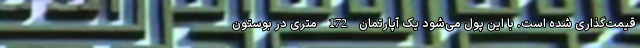
قیمت‌گذاری شده است. با این پول می‌شود یک آپارتمان 172 متری در بوستون